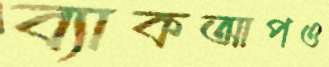
ব্যাকআপও